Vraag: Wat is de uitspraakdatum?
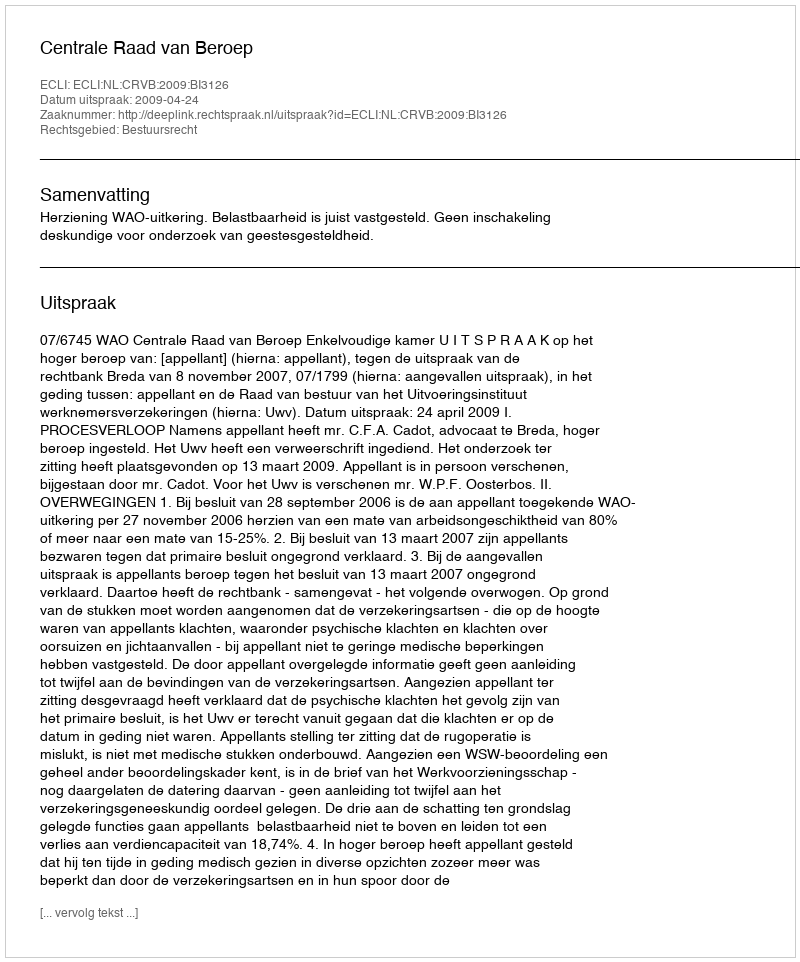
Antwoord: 2009-04-24